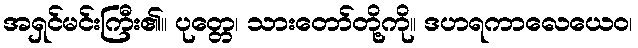
အရှင်မင်းကြီး၏။ ပုတ္တေ၊ သားတော်တို့ကို။ ဒဟရကာလေယေဝ၊